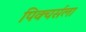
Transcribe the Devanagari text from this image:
पिक्चर्सला